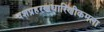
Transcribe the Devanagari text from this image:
दशप्रहरणधारिणीकमला